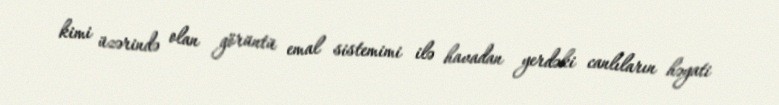
kimi üzərində olan görüntü emal sistemimi ilə havadan yerdəki canlıların həyati